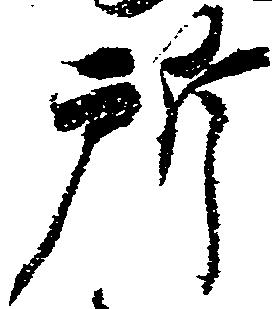
所